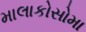
માલાકોસોમા